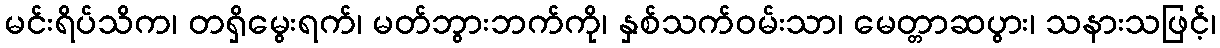
မင်းရိပ်သိက၊ တရှိမွေးရက်၊ မတ်ဘွားဘက်ကို၊ နှစ်သက်ဝမ်းသာ၊ မေတ္တာဆပွား၊ သနားသဖြင့်၊